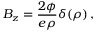
B _ { z } = { \frac { 2 \phi } { e \rho } } \delta ( \rho ) \, ,